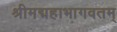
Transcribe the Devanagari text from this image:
श्रीमद्महाभागवतम्